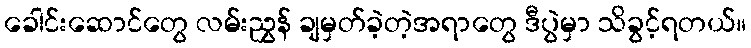
ခေါင်းဆောင်တွေ လမ်းညွှန် ချမှတ်ခဲ့တဲ့အရာတွေ ဒီပွဲမှာ သိခွင့်ရတယ်။